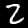
Label: 2